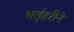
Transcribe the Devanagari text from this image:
भर्तृहरीने